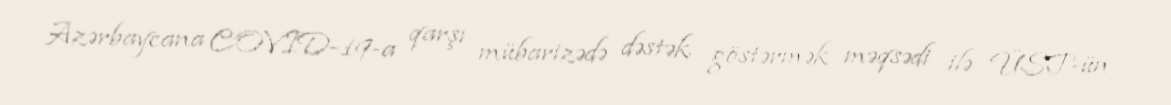
Azərbaycana COVID-19-a qarşı mübarizədə dəstək göstərmək məqsədi ilə ÜST-ün